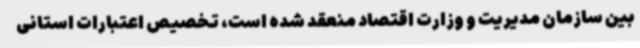
بین سازمان مدیریت و وزارت اقتصاد منعقد شده است، تخصیص اعتبارات استانی